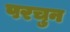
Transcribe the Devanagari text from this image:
परचुन